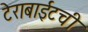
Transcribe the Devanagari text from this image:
टेराबाईटची